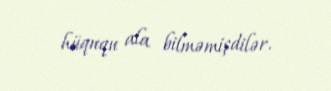
hüququ ala bilməmişdilər.